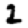
Digit: 2